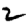
Digit: 2